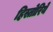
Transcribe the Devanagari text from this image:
हिस्तोरिये